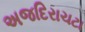
અજદિરાચટા